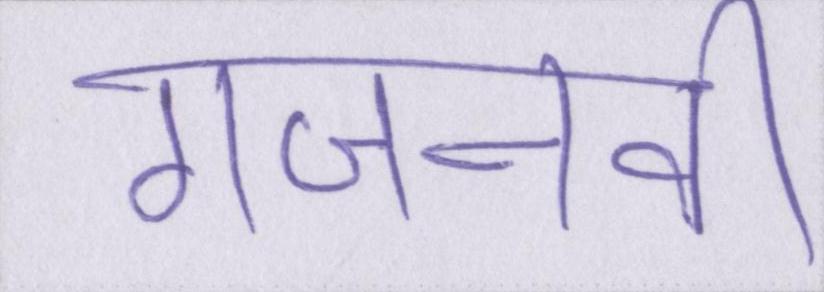
गजनवी